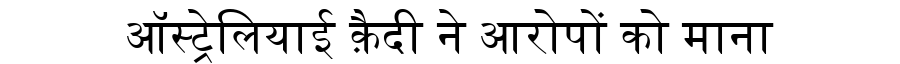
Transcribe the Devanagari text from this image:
ऑस्ट्रेलियाई क़ैदी ने आरोपों को माना